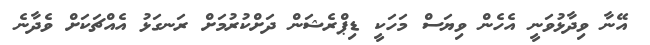
އޭނާ ވިދާޅުވަނީ އެހެން ވިޔަސް މަހަކީ ޑިޕްރެޝަން ދަށްކުރުމަށް ރަނގަޅު އެއްޗަކަށް ވެދާނެ